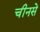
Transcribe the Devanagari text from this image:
चीनसे